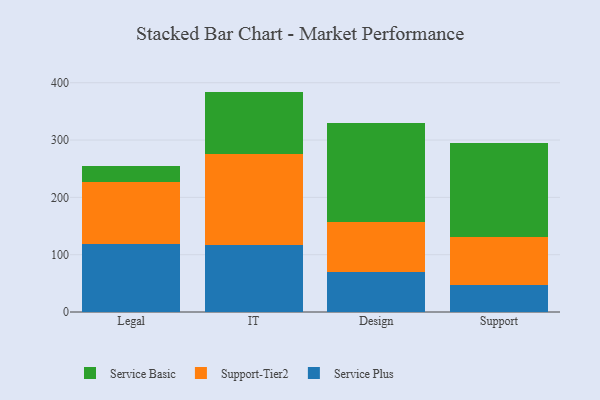
{"axis": {"x": "Department", "y": "Operating Costs (USD K)"}, "legend": ["Service Basic", "Service Plus", "Support-Tier2"], "data": [{"x": "Legal", "y": 117.8, "type": "Service Plus"}, {"x": "Legal", "y": 108.4, "type": "Support-Tier2"}, {"x": "Legal", "y": 28.1, "type": "Service Basic"}, {"x": "IT", "y": 116.2, "type": "Service Plus"}, {"x": "IT", "y": 158.9, "type": "Support-Tier2"}, {"x": "IT", "y": 109.4, "type": "Service Basic"}, {"x": "Design", "y": 69.8, "type": "Service Plus"}, {"x": "Design", "y": 86.6, "type": "Support-Tier2"}, {"x": "Design", "y": 173.6, "type": "Service Basic"}, {"x": "Support", "y": 47.7, "type": "Service Plus"}, {"x": "Support", "y": 83.0, "type": "Support-Tier2"}, {"x": "Support", "y": 164.3, "type": "Service Basic"}]}